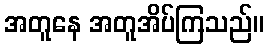
အတူနေ အတူအိပ်ကြသည်။